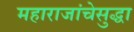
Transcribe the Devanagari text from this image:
महाराजांचेसुद्धा